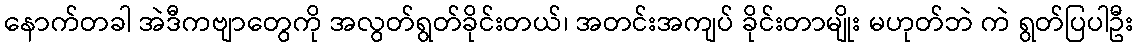
နောက်တခါ အဲဒီကဗျာတွေကို အလွတ်ရွတ်ခိုင်းတယ်၊ အတင်းအကျပ် ခိုင်းတာမျိုး မဟုတ်ဘဲ ကဲ ရွတ်ပြပါဦး